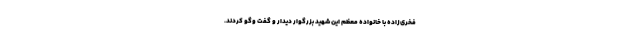
فخری‌زاده با خانواده معظم این شهید بزرگوار دیدار و گفت وگو کردند.